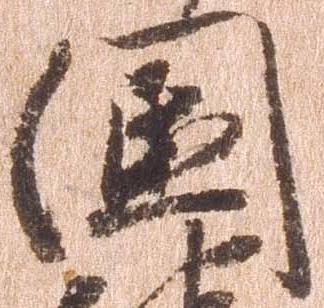
国